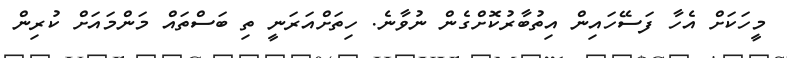
މީހަކަށް އެހާ ފަސޭހައިން އިތުބާރުކޮށްގެން ނުވާނެ. ހިތަށްއަރަނީ ތި ބަސްތައް މަންމައަށް ކުރިން